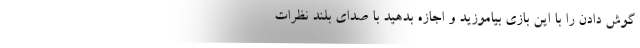
گوش دادن را با این بازی بیاموزید و اجازه بدهید با صدای بلند نظرات